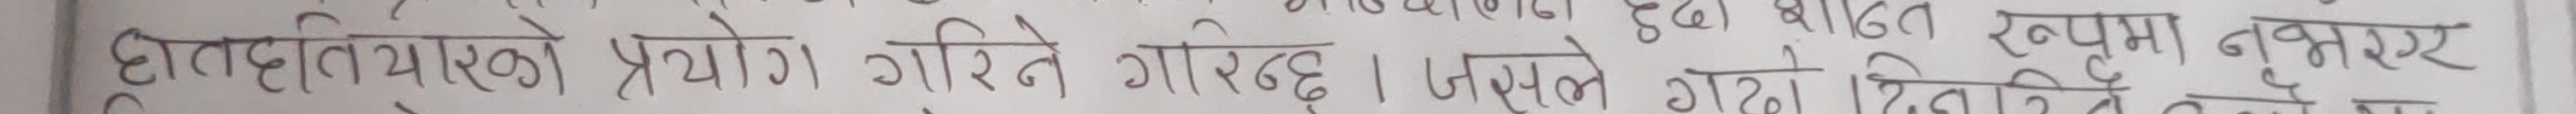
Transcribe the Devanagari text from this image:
हातहतियारको प्रयोग गरिने छ । जसले गर्दा एक्का नुम्बर